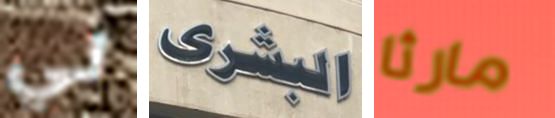
لي البشرى مارثا